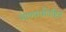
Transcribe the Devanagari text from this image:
शोणगर्भवेष्टित